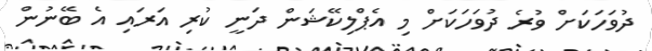
ދުވަހަކަށް ވުރެ ދުވަހަކަށް މި އެޕްލިކޭޝަން ދަނީ ކުރި އަރައި އެ ބޭނުން